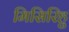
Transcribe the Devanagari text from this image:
मिसिरिहु